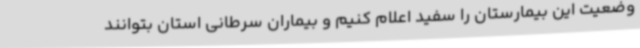
وضعیت این بیمارستان را سفید اعلام کنیم و بیماران سرطانی استان بتوانند